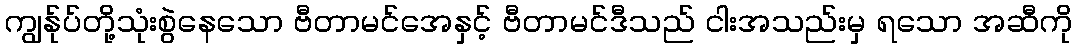
ကျွန်ုပ်တို့သုံးစွဲနေသော ဗီတာမင်အေနှင့် ဗီတာမင်ဒီသည် ငါးအသည်းမှ ရသော အဆီကို